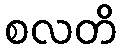
စလတိ